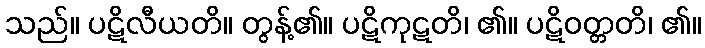
သည်။ ပဋိလီယတိ။ တွန့်၏။ ပဋိကုဋတိ၊ ၏။ ပဋိဝတ္တတိ၊ ၏။